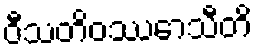
ဝီသတိဝဿောသီတိ